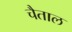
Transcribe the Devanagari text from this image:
चैताल